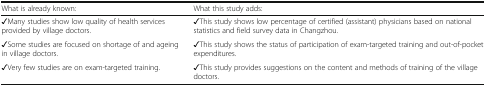
| What is already known: | What this study adds: |
 | --- | --- |
 | ✓Many studies show low quality of health services provided by village doctors. | ✓This study shows low percentage of certified (assistant) physicians based on national statistics and field survey data in Changzhou. |
 | ✓Some studies are focused on shortage of and ageing in village doctors. | ✓This study shows the status of participation of exam-targeted training and out-of-pocket expenditures. |
 | ✓Very few studies are on exam-targeted training. | ✓This study provides suggestions on the content and methods of training of the village doctors. |